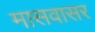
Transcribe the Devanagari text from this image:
मासवासर